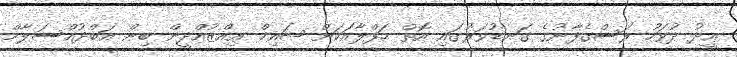
ޢީދު ދުވަހު ރަސްގެފާނުގެ ގަނޑުވަރުގައި އޮތް ޙަފްލާއަކަށް ޝައިޚް ޢިއްޒުއްދީން ބިން ޢަބްދުއްސަލާމް